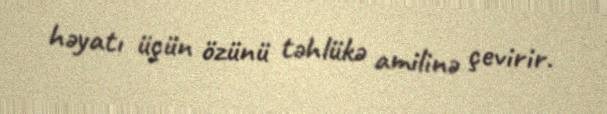
həyatı üçün özünü təhlükə amilinə çevirir.